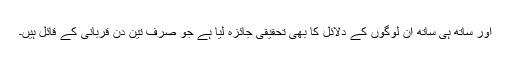
اور ساتھ ہی ساتھ ان لوگوں کے دلائل کا بھی تحقیقی جائزہ لیا ہے جو صرف تین دن قربانی کے قائل ہیں۔